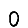
Digit: 0